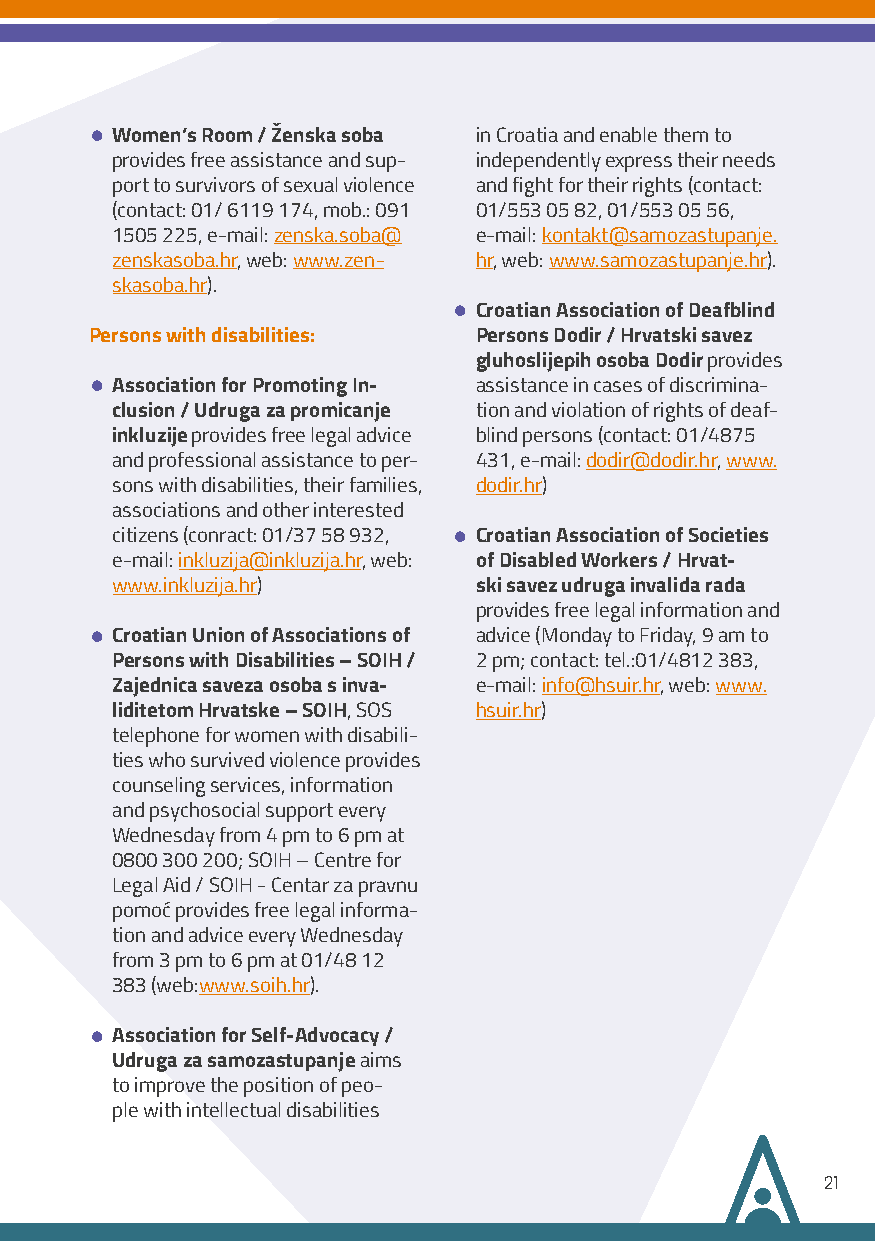
•
 Women’s Room / Ženska soba in Croatia and enable them to
 provides free assistance and sup- independently express their needs
 port to survivors of sexual violence and fight for their rights (contact:
 (contact: 01/ 6119 174, mob.: 091 01/553 05 82, 01/553 05 56,
 1505 225, e-mail: zenska.soba@ e-mail: kontakt@samozastupanje.
 zenskasoba.hr, web: www.zen- hr, web: www.samozastupanje.hr).
 skasoba.hr).
 •
 Croatian Association of Deafblind
 Persons with disabilities: Persons Dodir / Hrvatski savez
 gluhoslijepih osoba Dodir provides
 •
 Association for Promoting In- assistance in cases of discrimina-
 clusion / Udruga za promicanje tion and violation of rights of deaf-
 inkluzije provides free legal advice blind persons (contact: 01/4875
 and professional assistance to per- 431, e-mail: dodir@dodir.hr, www.
 sons with disabilities, their families, dodir.hr)
 associations and other interested
 •
 citizens (conract: 01/37 58 932, Croatian Association of Societies
 e-mail: inkluzija@inkluzija.hr, web: of Disabled Workers / Hrvat-
 www.inkluzija.hr)       ski savez udruga invalida rada
 provides free legal information and
 •
 Croatian Union of Associations of advice (Monday to Friday, 9 am to
 Persons with Disabilities – SOIH / 2 pm; contact: tel.:01/4812 383,
 Zajednica saveza osoba s inva- e-mail: info@hsuir.hr, web: www.
 liditetom Hrvatske – SOIH, SOS hsuir.hr)
 telephone for women with disabili-
 ties who survived violence provides
 counseling services, information
 and psychosocial support every
 Wednesday from 4 pm to 6 pm at
 0800 300 200; SOIH – Centre for
 Legal Aid / SOIH - Centar za pravnu
 pomoć provides free legal informa-
 tion and advice every Wednesday
 from 3 pm to 6 pm at 01/48 12
 383 (web:www.soih.hr).
 •
 Association for Self-Advocacy /
 Udruga za samozastupanje aims
 to improve the position of peo-
 ple with intellectual disabilities
 21